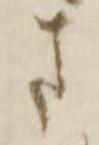
ま